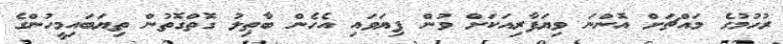
ރުހުމުގެ މައްޗަށް އޮންނަ ވިޔަފާރިއަކަށް ވުން ފިޔަވައި އެހެން ބާޠިލު ގޮތްގޮތުން ތިޔަބައިމީހުންގެ